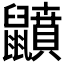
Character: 𪖅